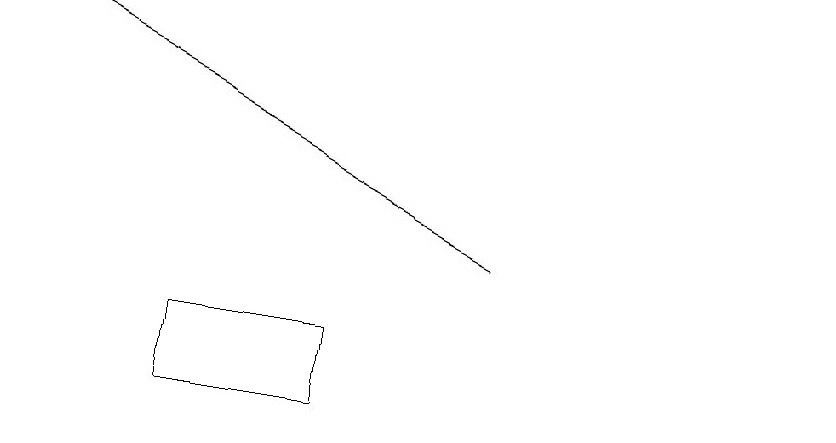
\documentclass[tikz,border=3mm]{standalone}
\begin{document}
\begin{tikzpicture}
\draw[->] (6,14) -- (0,17);
\draw (4,12) rectangle (2,13);
\draw (10,12) circle (0);
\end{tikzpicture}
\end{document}